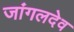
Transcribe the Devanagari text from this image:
जांगलदेव